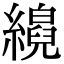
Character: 𦆘